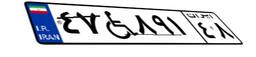
۴۷W۸۹۱۴۸